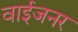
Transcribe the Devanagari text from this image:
वाईजनर